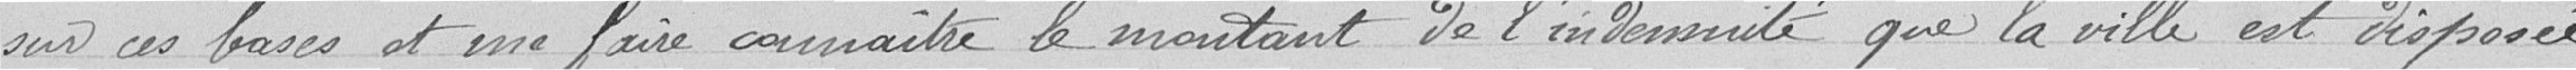
sur ces bases et me faire connaître le montant de l'indemnité que la ville est disposée